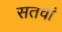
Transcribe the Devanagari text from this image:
सतवां